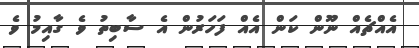
އެއްޗެއް ނޫން ކަން އެއް ފަހަރުން އެ ސާބިތު ވެ ގާއިމު ވެ